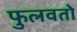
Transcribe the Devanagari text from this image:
फुलवतो